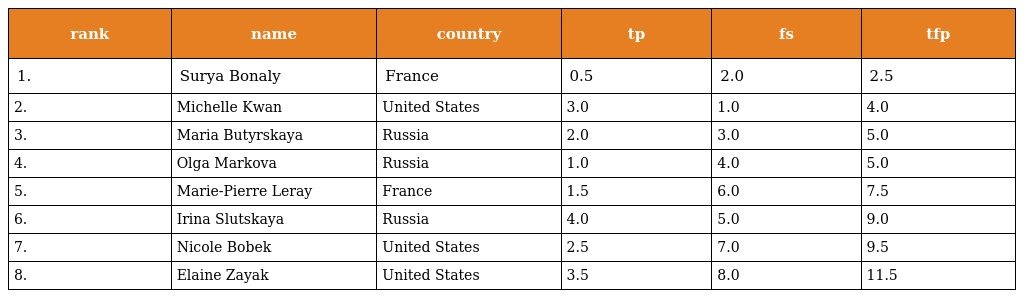
| rank | name | country | tp | fs | tfp |
 | --- | --- | --- | --- | --- | --- |
 | 1. | Surya Bonaly | France | 0.5 | 2.0 | 2.5 |
 | 2. | Michelle Kwan | United States | 3.0 | 1.0 | 4.0 |
 | 3. | Maria Butyrskaya | Russia | 2.0 | 3.0 | 5.0 |
 | 4. | Olga Markova | Russia | 1.0 | 4.0 | 5.0 |
 | 5. | Marie-Pierre Leray | France | 1.5 | 6.0 | 7.5 |
 | 6. | Irina Slutskaya | Russia | 4.0 | 5.0 | 9.0 |
 | 7. | Nicole Bobek | United States | 2.5 | 7.0 | 9.5 |
 | 8. | Elaine Zayak | United States | 3.5 | 8.0 | 11.5 |